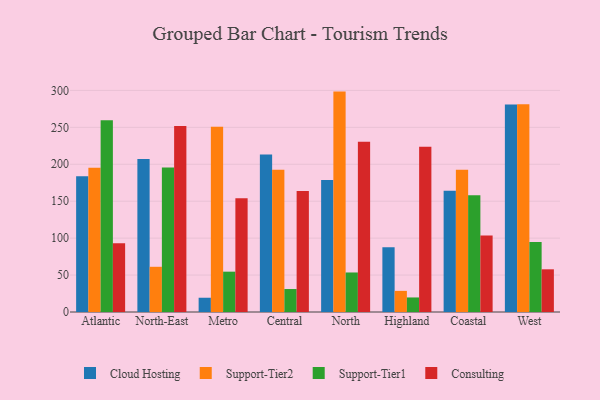
{"axis": {"x": "Region", "y": "Waste Production (Tons)"}, "legend": ["Cloud Hosting", "Consulting", "Support-Tier1", "Support-Tier2"], "data": [{"x": "Atlantic", "y": 183.8, "type": "Cloud Hosting"}, {"x": "Atlantic", "y": 195.4, "type": "Support-Tier2"}, {"x": "Atlantic", "y": 259.7, "type": "Support-Tier1"}, {"x": "Atlantic", "y": 93.0, "type": "Consulting"}, {"x": "North-East", "y": 207.3, "type": "Cloud Hosting"}, {"x": "North-East", "y": 61.2, "type": "Support-Tier2"}, {"x": "North-East", "y": 195.8, "type": "Support-Tier1"}, {"x": "North-East", "y": 251.7, "type": "Consulting"}, {"x": "Metro", "y": 19.3, "type": "Cloud Hosting"}, {"x": "Metro", "y": 250.9, "type": "Support-Tier2"}, {"x": "Metro", "y": 54.6, "type": "Support-Tier1"}, {"x": "Metro", "y": 154.1, "type": "Consulting"}, {"x": "Central", "y": 213.3, "type": "Cloud Hosting"}, {"x": "Central", "y": 192.6, "type": "Support-Tier2"}, {"x": "Central", "y": 31.1, "type": "Support-Tier1"}, {"x": "Central", "y": 163.9, "type": "Consulting"}, {"x": "North", "y": 178.6, "type": "Cloud Hosting"}, {"x": "North", "y": 298.4, "type": "Support-Tier2"}, {"x": "North", "y": 53.5, "type": "Support-Tier1"}, {"x": "North", "y": 230.5, "type": "Consulting"}, {"x": "Highland", "y": 87.6, "type": "Cloud Hosting"}, {"x": "Highland", "y": 28.6, "type": "Support-Tier2"}, {"x": "Highland", "y": 19.7, "type": "Support-Tier1"}, {"x": "Highland", "y": 223.6, "type": "Consulting"}, {"x": "Coastal", "y": 164.0, "type": "Cloud Hosting"}, {"x": "Coastal", "y": 192.7, "type": "Support-Tier2"}, {"x": "Coastal", "y": 158.0, "type": "Support-Tier1"}, {"x": "Coastal", "y": 103.6, "type": "Consulting"}, {"x": "West", "y": 281.1, "type": "Cloud Hosting"}, {"x": "West", "y": 281.3, "type": "Support-Tier2"}, {"x": "West", "y": 94.9, "type": "Support-Tier1"}, {"x": "West", "y": 57.8, "type": "Consulting"}]}